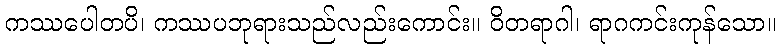
ကဿပေါတပိ၊ ကဿပဘုရားသည်လည်းကောင်း။ ဝိတရာဂါ၊ ရာဂကင်းကုန်သော။